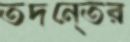
তদনে্তর